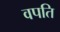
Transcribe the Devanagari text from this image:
वपति